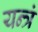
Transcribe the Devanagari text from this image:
यन्त्रं